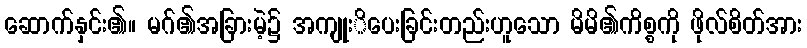
ဆောက်နှင်း၏။ မဂ်၏အခြားမဲ့၌ အကျုးိပေးခြင်းတည်းဟူသော မိမိ၏ကိစ္စကို ဖိုလ်စိတ်အား